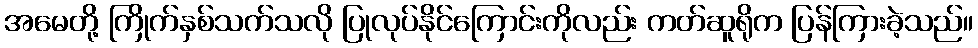
အမေတို့ ကြိုက်နှစ်သက်သလို ပြုလုပ်နိုင်ကြောင်းကိုလည်း ကတ်ဆူရိုက ပြန်ကြားခဲ့သည်။